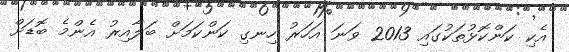
އެކި ކަންކޮޅުތަކުގައި 2013 ވަނަ އަހަރު ހިނގި ކަންކަމަށް ބަލާއިރު އެންމެ ބޮޑަށް